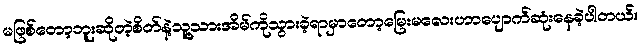
မဖြစ်တော့ဘူးဆိုတဲ့စိတ်နဲ့သူ့သားအိမ်ကိုသွားခဲ့ရာမှာတော့မြေးမလေးဟာပျောက်ဆုံးနေခဲ့ပါတယ်။